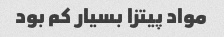
مواد پیتزا بسیار کم بود